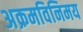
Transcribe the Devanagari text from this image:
अक्रमविनिमय